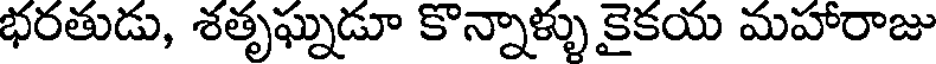
భరతుడు, శతృఘ్నడూ కొన్నాళ్ళు కైకయ మహారాజు